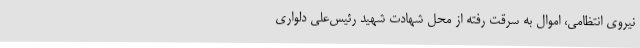
نیروی انتظامی، اموال به سرقت رفته از محل شهادت شهید رئیس‌علی دلواری